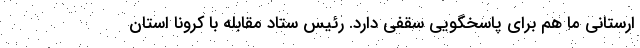
ارستانی ما هم برای پاسخگویی سقفی دارد. رئیس ستاد مقابله با کرونا استان